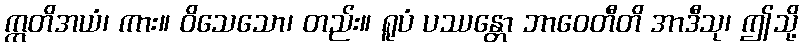
ဣတိအယံ၊ ကား။ ဝိသေသော၊ တည်း။ ရူပံ ပဿန္တော ဘာဝေတီတိ အာဒီသု၊ ဤသို့